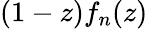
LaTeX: (1-z)f_{n}(z)